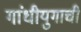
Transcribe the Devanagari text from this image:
गांधीयुगाची